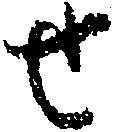
せ